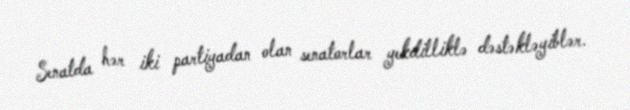
Senatda hər iki partiyadan olan senatorlar yekdilliklə dəstəkləyiblər.